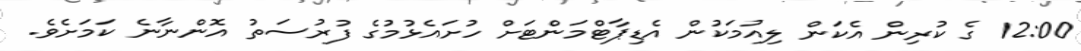
12:00 ގެ ކުރިން އެކަން ލިއުމަކުން އެޑިޕާޓްމަންޓަށް ހުށައެޅުމުގެ ފުރުސަތު އޮންނާނެ ކަމަށެވެ.